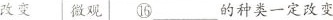
改变微观⑯___的种类一定改变